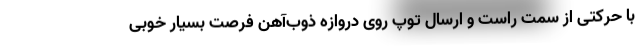
با حرکتی از سمت راست و ارسال توپ روی دروازه ذوب‌آهن فرصت بسیار خوبی